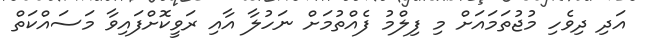
އަދި ދިވެހި މުޖުތަމައަށް މި ފިލްމު ފެއްތުމަށް ނަހުލާ އާއި ރަވީކޮށްފައިވާ މަސައްކަތް